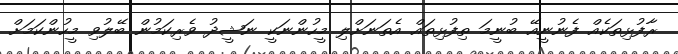
ރާފުޅިތަކެއް ފެނުނީއޭ ބުނީމަ ތިފުޅިތައް އެތަނަށްލި މީހުންނަކީ ނަޝީދު ވެރިކަމުން ބޭލުވި މީހުންކަމަށް